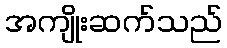
အကျိုးဆက်သည်